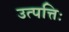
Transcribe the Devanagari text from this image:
उत्पत्तिः